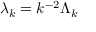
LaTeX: \lambda _ { k } = k ^ { - 2 } \Lambda _ { k }